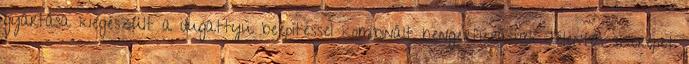
gyártása kiegészült a dugattyú beépítéssel kombinált hengerfúrással. Jelentôs szerepet